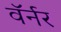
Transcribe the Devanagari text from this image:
वॅर्नर